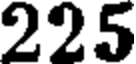
225